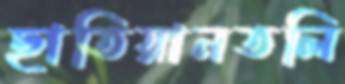
ছাতিয়ানতলি